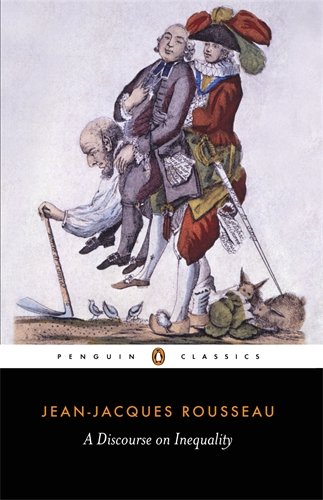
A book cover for A Discourse on Inequality (Penguin Classics); Jean-Jacques Rousseau; Politics & Social Sciences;